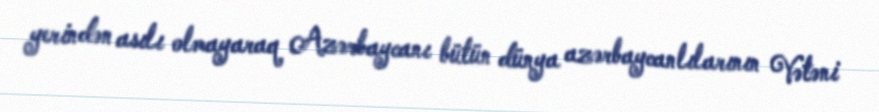
yerindən asılı olmayaraq Azərbaycanı bütün dünya azərbaycanlılarının Vətəni